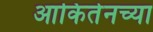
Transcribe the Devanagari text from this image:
आकितेनच्या